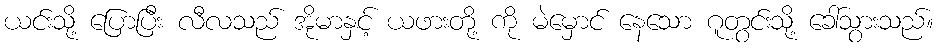
ယင်းသို့ ပြောပြီး လီလသည် အိုမာနှင့် ယဖားတို့ ကို မဲမှောင် နေသော ဂူတွင်းသို့ ခေါ်သွားသည်။